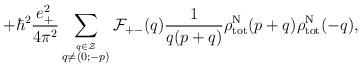
LaTeX: \begin{align*}+ {\hbar}^2\frac{e_{+}^2}{4{\pi}^2} \sum_{\stackrel{q \in \cal Z}{q \neq (0;-p)}}{\cal F}_{+-}(q) \frac{1}{q(p+q)} {\rho}_{\rm tot}^{\rm N}(p+q){\rho}_{\rm tot}^{\rm N}(-q),\end{align*}